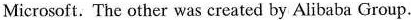
Microsoft. The other was created by Alibaba Group.